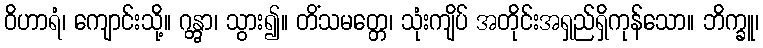
ဝိဟာရံ၊ ကျောင်းသို့။ ဂန္တွာ၊ သွား၍။ တိံသမတ္တေ၊ သုံးကျိပ် အတိုင်းအရှည်ရှိကုန်သော။ ဘိက္ခူ၊